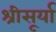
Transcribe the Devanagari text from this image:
श्रीसूर्या